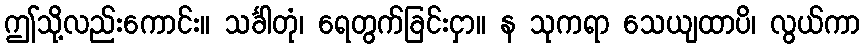
ဤသို့လည်းကောင်း။ သင်္ခါတုံ၊ ရေတွက်ခြင်းငှာ။ န သုကရာ သေယျထာပိ၊ လွယ်ကာ